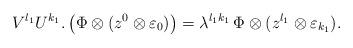
LaTeX: \begin{align*}V^{l_{1}}U^{k_{1}} .\left( \Phi \otimes (z^{0} \otimes \varepsilon_{0})\right)=\lambda^{l_{1}k_{1}}\,\Phi\otimes (z^{l_{1}}\otimes\varepsilon_{k_{1}}).\end{align*}